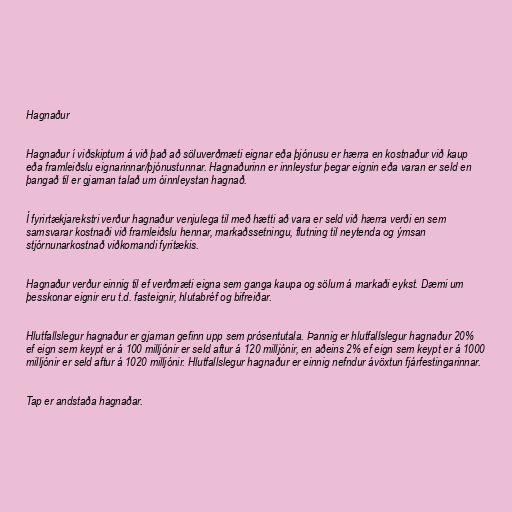
Hagnaður

Hagnaður í viðskiptum á við það að söluverðmæti eignar eða þjónusu er hærra en kostnaður við kaup
eða framleiðslu eignarinnar/þjónustunnar. Hagnaðurinn er innleystur þegar eignin eða varan er seld en
þangað til er gjarnan talað um óinnleystan hagnað.

Í fyrirtækjarekstri verður hagnaður venjulega til með hætti að vara er seld við hærra verði en sem
samsvarar kostnaði við framleiðslu hennar, markaðssetningu, flutning til neytenda og ýmsan
stjórnunarkostnað viðkomandi fyritækis.

Hagnaður verður einnig til ef verðmæti eigna sem ganga kaupa og sölum á markaði eykst. Dæmi um
þesskonar eignir eru t.d. fasteignir, hlutabréf og bifreiðar.

Hlutfallslegur hagnaður er gjarnan gefinn upp sem prósentutala. Þannig er hlutfallslegur hagnaður 20%
ef eign sem keypt er á 100 milljónir er seld aftur á 120 milljónir, en aðeins 2% ef eign sem keypt er á 1000
milljónir er seld aftur á 1020 milljónir. Hlutfallslegur hagnaður er einnig nefndur ávöxtun fjárfestingarinnar.

Tap er andstaða hagnaðar.